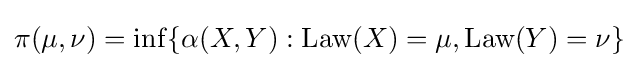
\pi (\mu ,\nu )=\inf\{\alpha (X,Y):{\text{Law}}(X)=\mu ,{\text{Law}}(Y)=\nu \}